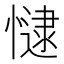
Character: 𢠻